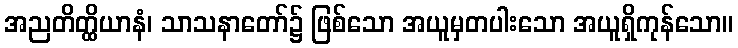
အညတိတ္ထိယာနံ၊ သာသနာတော်၌ ဖြစ်သော အယူမှတပါးသော အယူရှိကုန်သော။